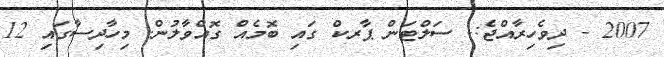
2007 - ދިވެހިރާއްޖެ:- ސަލްޓަން ޕާރކް ގައި ބޮމެއް ގޮއްވާލުން. މިހާދިސާގައި 12